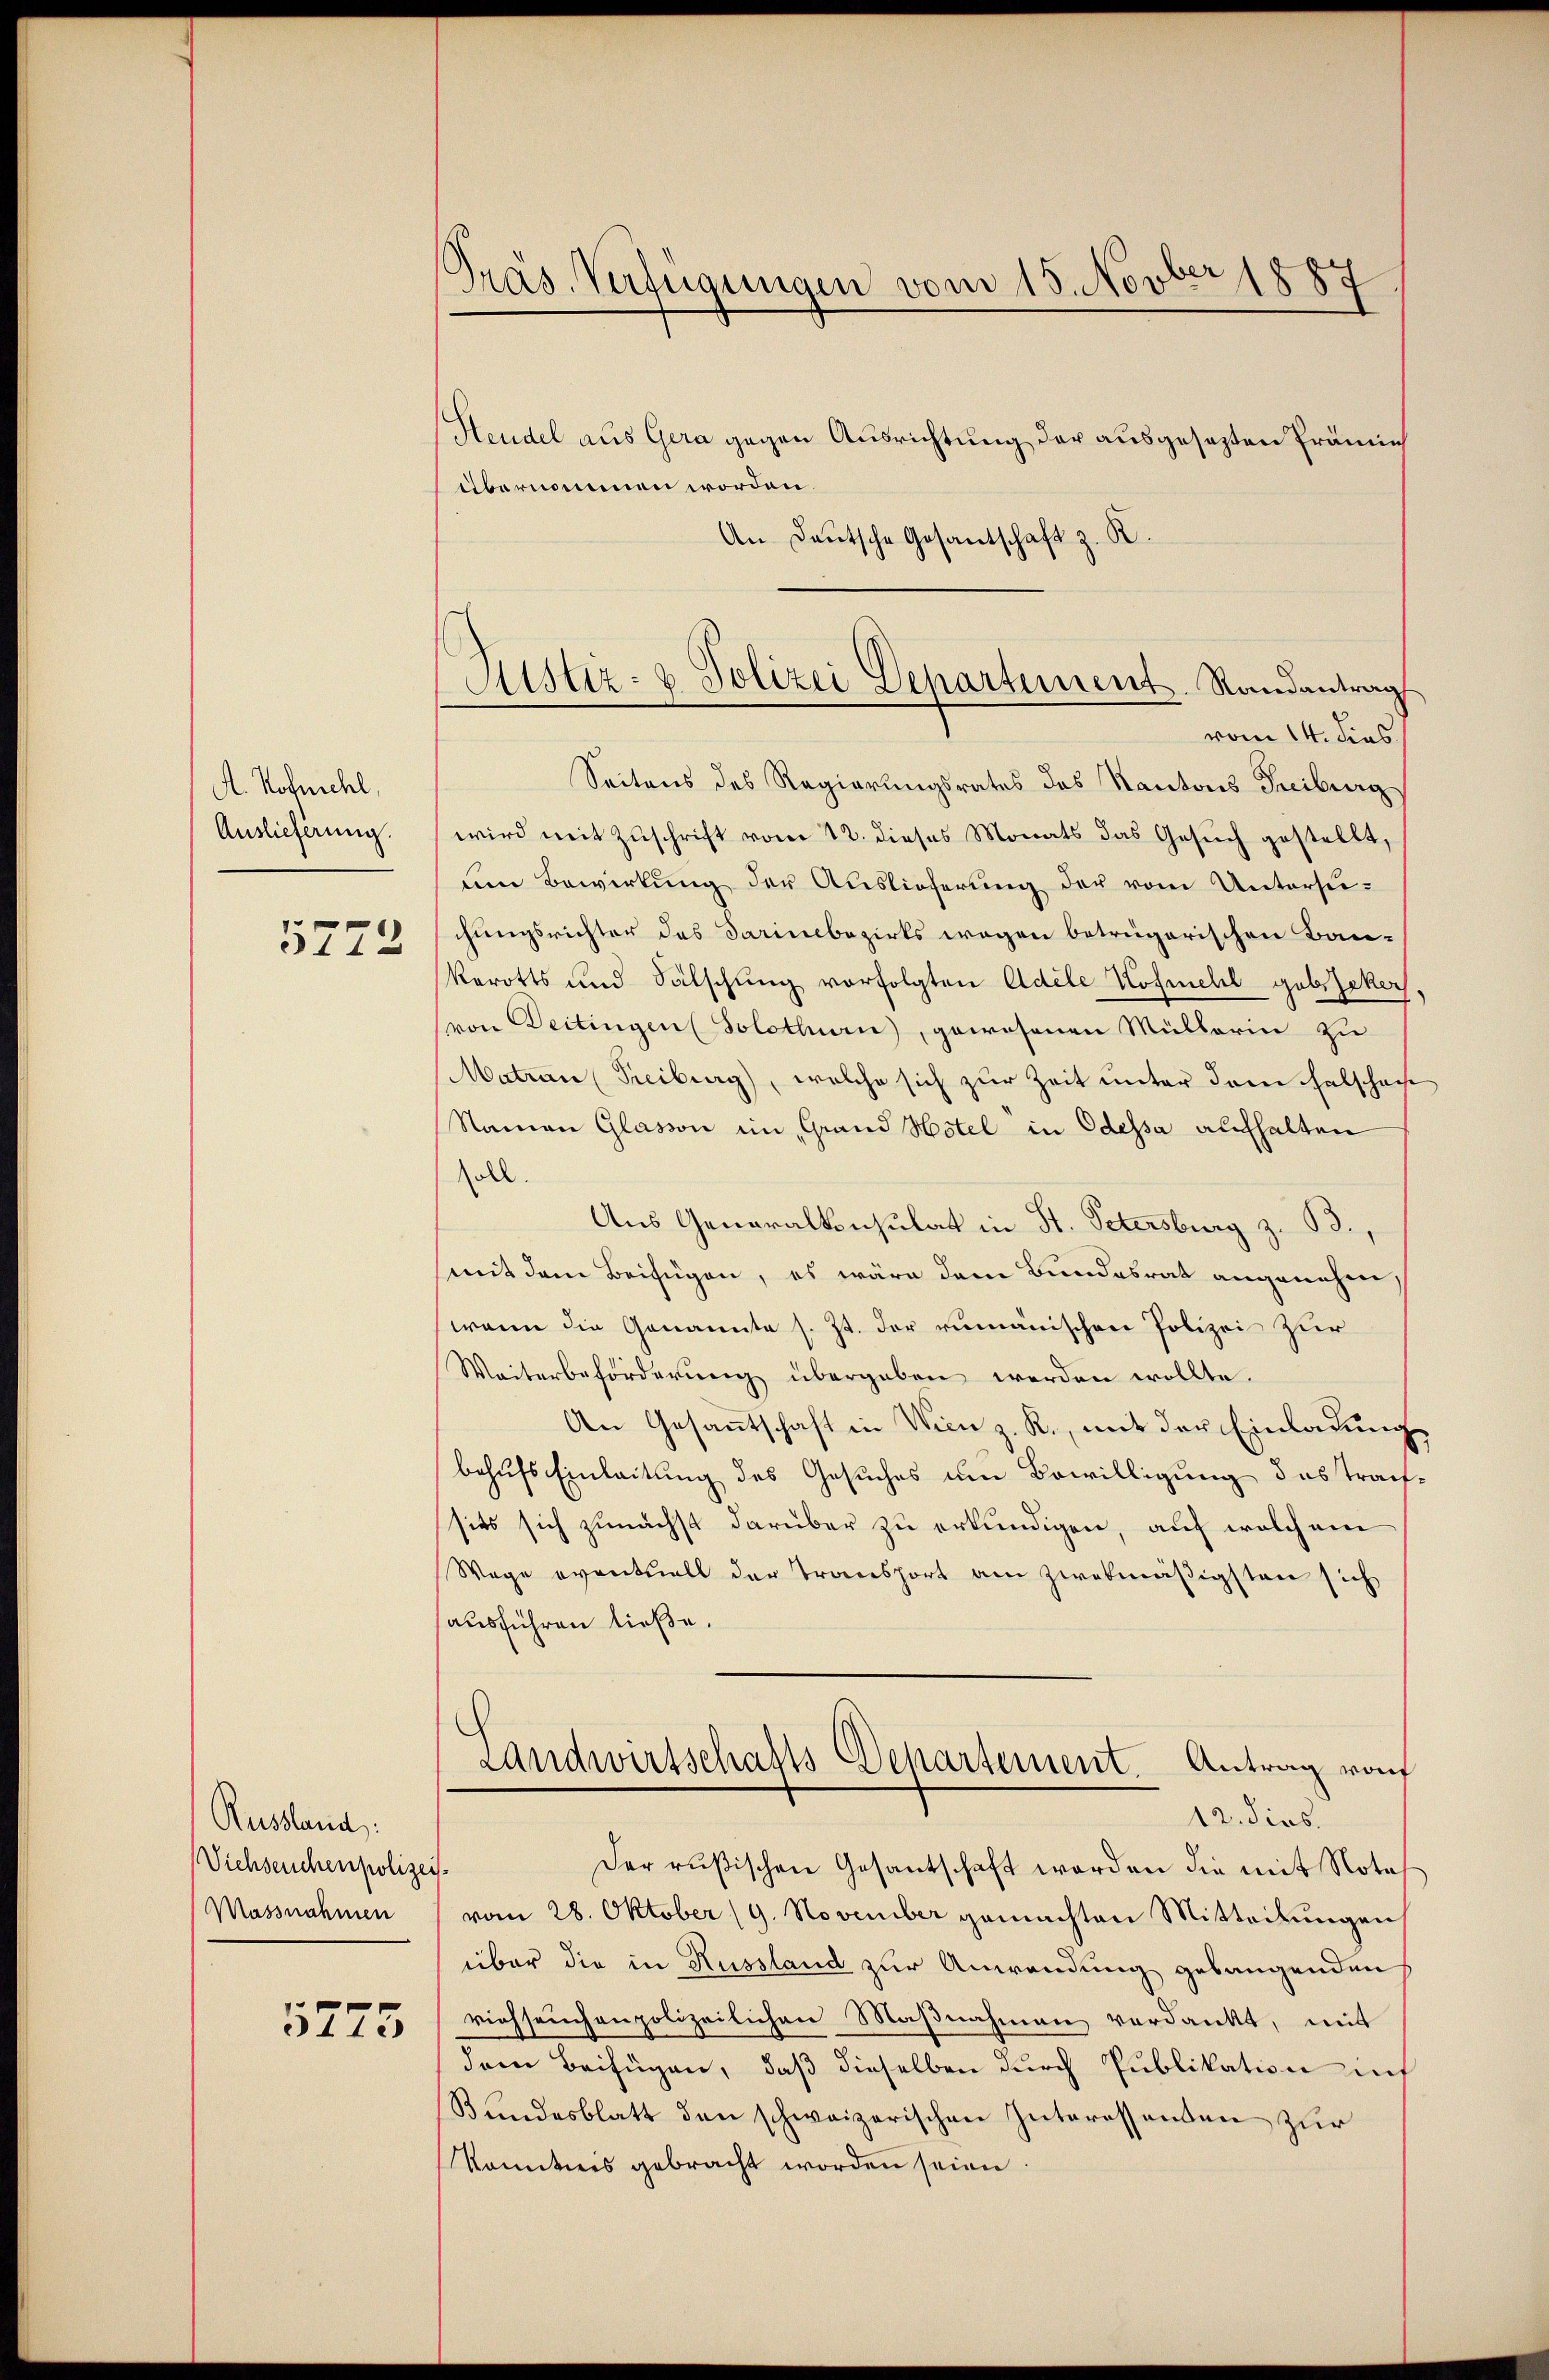
A. Hofmehl,
Auslieferung.
5772

Russland:
Viehseuchenpolizei.
Massnahmen

5775

Präs. Verfügungen vom 15. Novber 1887

Heudel aus Gera gegen Ausrichtung der ausgesezten Prämie
übernommen worden.
An Deutsche Gesantschaft z. B.
Seitens des Regierungsrates des Kantons Treiburg
wird mit Zuschrift vom 12. dieses Monats das Gesuch gestellt,
um Bewirkung der Auslieferung der vom Untersuchungsrichter des Darinebezirks wegen betrügerischen Bau-
Rerotts und Sälschung vorfolgten Adele Kofmehl geb. Zeker
von Deitingen ( Solothurn, gewesenen Müllerin zu
Matron Treiburg), welche sich zur Zeit unter dem Falschau
Namen Glasson im Grand Hotel in Odessa aufhalten
soll.
Aus Generalkonsulat in St. Petersburg z. B.,
mit dem Beifügen, es wäre dem Bundesrat angenehme
wenn die Genannte s. Zt. der rumänischen Polizei zur
Weiterbeförderung übergeben werden wollte.
An Gesantschaft in Wien z. R., mit der Einladung
behufs Einleitung des Gesuches um Bewilligung das trafsits sich zunächst darüber zu erkundigen, auf welchem
Wege eventuell der Transport am zwekmäßigsten sich
ausführen ließe.
Landwirtschafts Departement. Antrag von
12. dies
Der rusischen Gesantschaft worden die mit Nota
vom 28. Oktober (9. November gemachten Mitteilungen
über die in Russland zur Anwendung gebaugenden
viehseuchenpolizeilichen Maßnahmen verdankt, mit
dem Beifügen, daß dieselben durch Publikation mit
Bundesblatt den schweizerischen Interessanten zur
kanntnis gebracht worden seien.

Astiz- & Polizei Departement. Randantrag
vom 14. dies